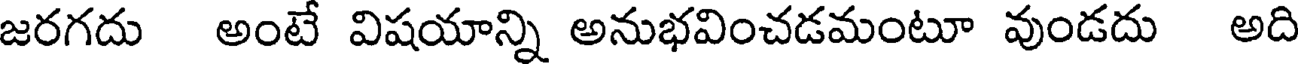
జరగదు అంటే విషయాన్ని అనుభవించడమంటూ వుండదు అది